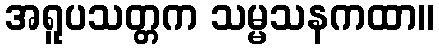
အရူပသတ္တက သမ္မသနကထာ။